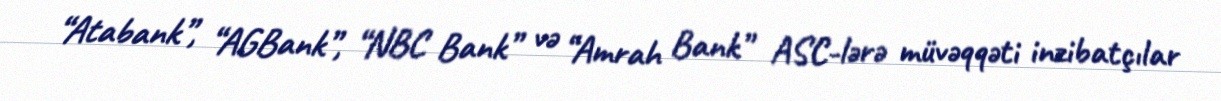
“Atabank”, “AGBank”, “NBC Bank” və “Amrah Bank” ASC-lərə müvəqqəti inzibatçılar